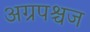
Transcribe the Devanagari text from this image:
अग्रपश्चज